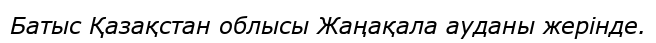
Батыс Қазақстан облысы Жаңақала ауданы жерінде.